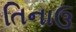
તિનાઉ